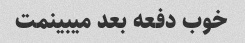
خوب دفعه بعد میبینمت